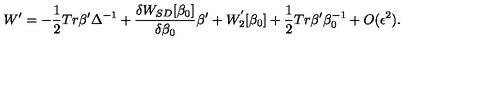
W ^ { \prime } = - \frac { 1 } { 2 } T r \beta ^ { \prime } \Delta ^ { - 1 } + \frac { \delta W _ { S D } [ \beta _ { 0 } ] } { \delta \beta _ { 0 } } \beta { ' } + W _ { 2 } ^ { ' } [ \beta _ { 0 } ] + \frac { 1 } { 2 } T r \beta ^ { \prime } \beta _ { 0 } ^ { - 1 } + O ( \epsilon ^ { 2 } ) .